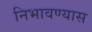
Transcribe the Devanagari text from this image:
निभावण्यास